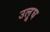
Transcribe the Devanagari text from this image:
उलूघ